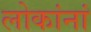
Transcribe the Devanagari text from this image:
लोकांनां